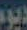
ديوم